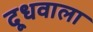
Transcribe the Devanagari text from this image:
दूधवाला